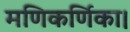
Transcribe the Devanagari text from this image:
मणिकर्णिका।